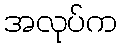
အလုပ်က